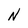
Character: N